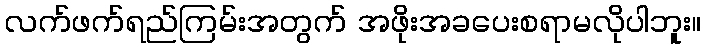
လက်ဖက်ရည်ကြမ်းအတွက် အဖိုးအခပေးစရာမလိုပါဘူး။